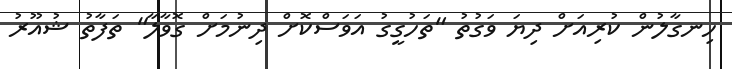
ހިނގާލުން ކުރިއަށް ދިޔަ ވަގުތު "ތަހުގީގު އަަވަސްކޮށް ދިނުމަށް ގޮވާލާ" ތަފާތު ޝުއޫރު